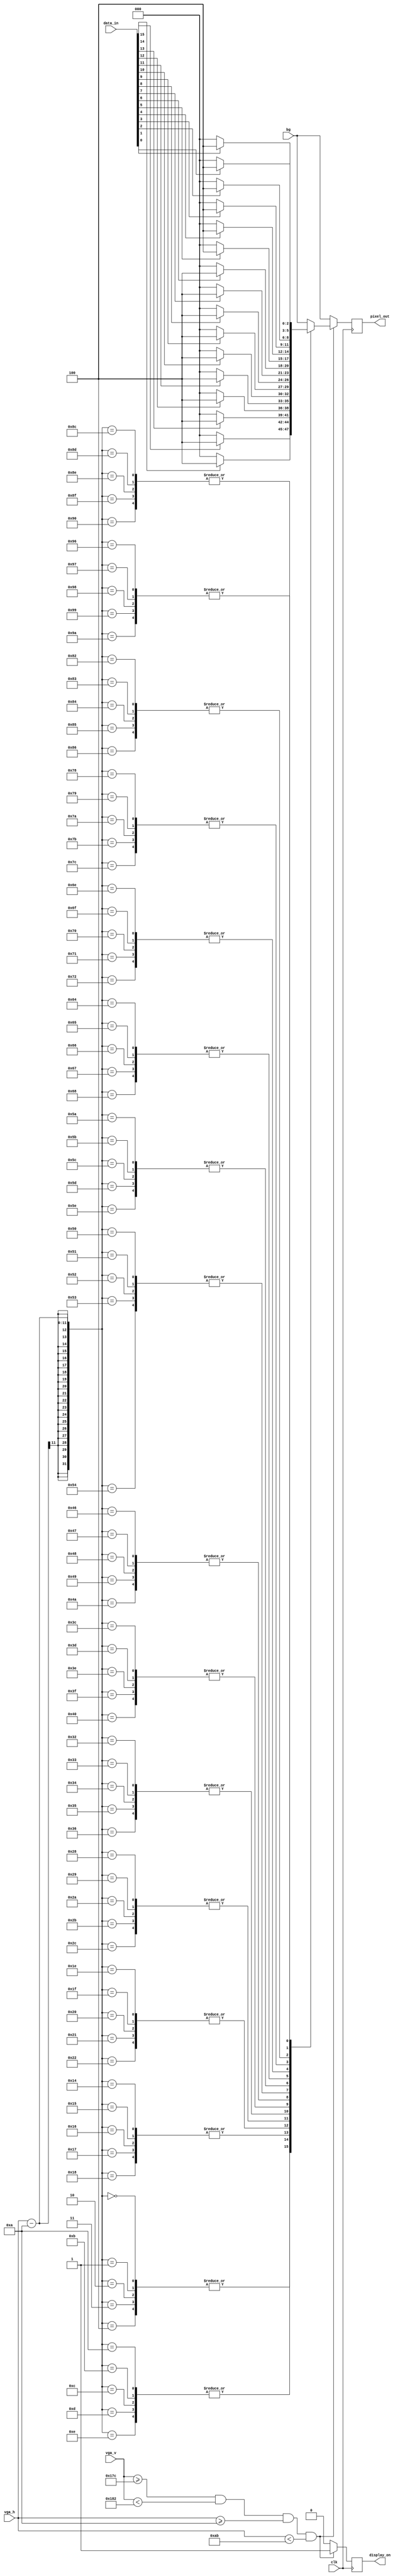
module register_display(
    input clk,               
    input [15:0] data_in,    
    input [10:0] vga_h,      
    input [10:0] vga_v,      
    input [2:0] bg,          
    output [2:0] pixel_out,  
    output display_on        
 );
    parameter START_H = 10;  
    parameter START_V = 380; 
    reg [2:0] out = 0;
    assign pixel_out = out;
    reg on = 0;
    assign display_on = on;
   	always @ (posedge clk) begin
        if (vga_v >= START_V && vga_v < START_V + 11'd6
        && vga_h >= START_H && vga_h < START_H + 11'd161) begin
            on <= 1'b1;
            case (vga_h - START_H) 
                  11'd0,  11'd1,  11'd2,  11'd3,  11'd4: out <= data_in[15] ? 3'b100 : 3'b000;
                 11'd10, 11'd11, 11'd12, 11'd13, 11'd14: out <= data_in[14] ? 3'b100 : 3'b000;
                 11'd20, 11'd21, 11'd22, 11'd23, 11'd24: out <= data_in[13] ? 3'b100 : 3'b000;
                 11'd30, 11'd31, 11'd32, 11'd33, 11'd34: out <= data_in[12] ? 3'b100 : 3'b000;
                 11'd40, 11'd41, 11'd42, 11'd43, 11'd44: out <= data_in[11] ? 3'b100 : 3'b000;
                 11'd50, 11'd51, 11'd52, 11'd53, 11'd54: out <= data_in[10] ? 3'b100 : 3'b000;
                 11'd60, 11'd61, 11'd62, 11'd63, 11'd64: out <= data_in[9]  ? 3'b100 : 3'b000;
                 11'd70, 11'd71, 11'd72, 11'd73, 11'd74: out <= data_in[8]  ? 3'b100 : 3'b000;
                 11'd80, 11'd81, 11'd82, 11'd83, 11'd84: out <= data_in[7]  ? 3'b100 : 3'b000;
                 11'd90, 11'd91, 11'd92, 11'd93, 11'd94: out <= data_in[6]  ? 3'b100 : 3'b000;
                11'd100,11'd101,11'd102,11'd103,11'd104: out <= data_in[5]  ? 3'b100 : 3'b000;
                11'd110,11'd111,11'd112,11'd113,11'd114: out <= data_in[4]  ? 3'b100 : 3'b000;
                11'd120,11'd121,11'd122,11'd123,11'd124: out <= data_in[3]  ? 3'b100 : 3'b000;
                11'd130,11'd131,11'd132,11'd133,11'd134: out <= data_in[2]  ? 3'b100 : 3'b000;
                11'd140,11'd141,11'd142,11'd143,11'd144: out <= data_in[1]  ? 3'b100 : 3'b000;
                11'd150,11'd151,11'd152,11'd153,11'd154: out <= data_in[0]  ? 3'b100 : 3'b000;
                default: out <= bg;
            endcase
        end else begin
            out <= bg;
            on <= 1'b0;
        end
    end 
 endmodule